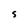
Character: S